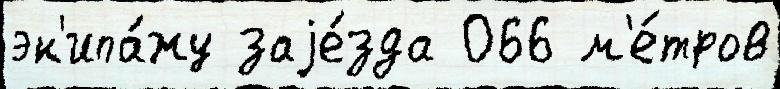
эк'ипа́жу заjе́зда 066 м'е́тров